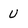
Character: U